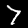
Label: 7